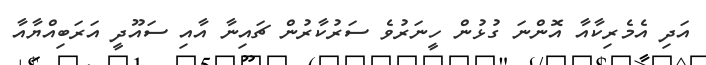
އަދި އެމެރިކާއާ އޮންނަ ގުޅުން ހީނަރުވެ ސަރުކާރުން ޗައިނާ އާއި ސައޫދީ އަރަބިއްޔާއާ